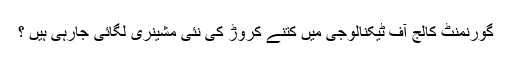
گورنمنٹ کالج آف ٹیکنالوجی میں کتنے کروڑ کی نئی مشینری لگائی جارہی ہیں ؟